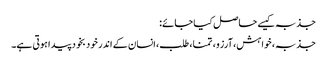
جذبہ کیسے حاصل کیا جائے:
جذبہ، خواہش، آرزو، تمنا، طلب، انسان کے اندر خود بخود پیدا ہوتی ہے۔